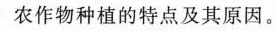
农作物种植的特点及其原因。